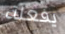
يفعلة